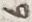
Text: 6